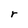
Character: r